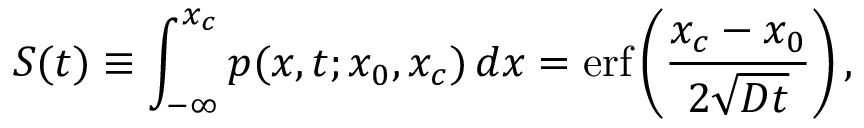
S ( t ) \equiv \int _ { - \infty } ^ { x _ { c } } p ( x , t ; x _ { 0 } , x _ { c } ) \, d x = \operatorname { e r f } \left( { \frac { x _ { c } - x _ { 0 } } { 2 { \sqrt { D t } } } } \right) ,